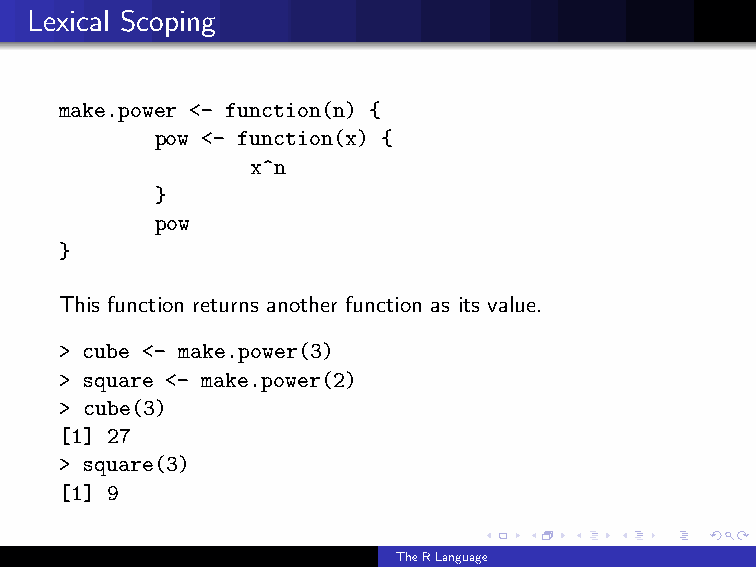
Lexical Scoping
 make.power <- function(n) {
 pow <- function(x) {
 x^n
 }
 pow
 }
 This function returns another function as its value.
 > cube <- make.power(3)
 > square <- make.power(2)
 > cube(3)
 [1] 27
 > square(3)
 [1] 9
 TheRLanguage